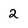
Character: 2